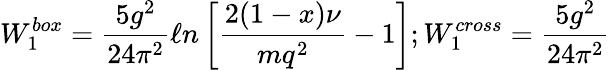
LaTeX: W_{1}^{box}=\frac{5g^{2}}{24\pi^{2}}\ell n\left[\frac{2(1-x)\nu}{mq^{2}}-1\right];W_{1}^{cross}=\frac{5g^{2}}{24\pi^{2}}